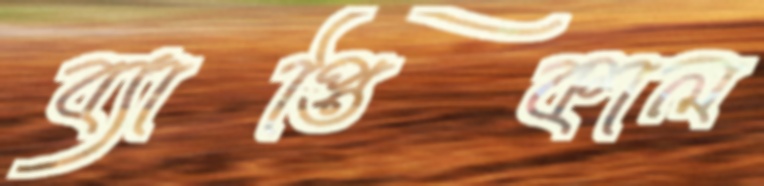
ব্যাপ্তিকাল